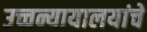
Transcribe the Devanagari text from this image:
उच्चन्यायालयांचे